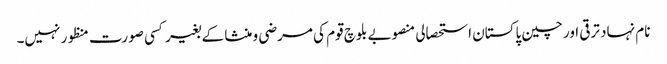
نام نہاد ترقی اور چین پاکستان استحصالی منصوبے بلوچ قوم کی مرضی و منشا کے بغیر کسی صورت منظور نہیں۔